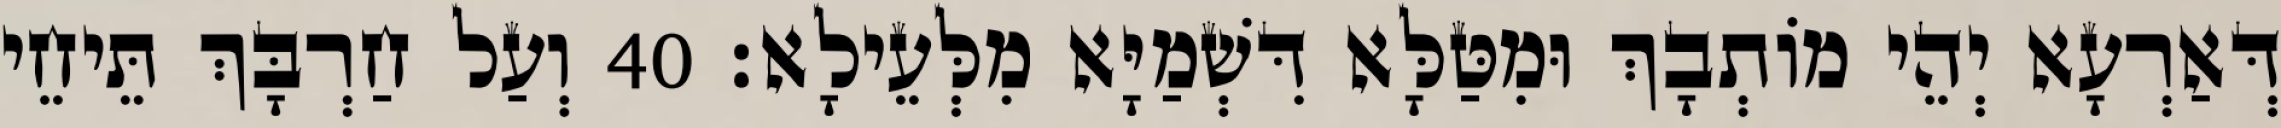
דְּאַרְעָא יְהֵי מוֹתְבָךְ וּמִטַּלָּא דִּשְׁמַיָּא מִלְּעֵילָא׃ 40 וְעַל חַרְבָּךְ תֵּיחֵי